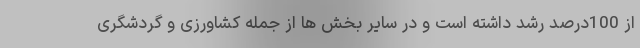
از 100درصد رشد داشته است و در سایر بخش ها از جمله کشاورزی و گردشگری